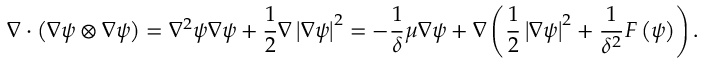
\nabla \cdot \left( \nabla \psi \otimes \nabla \psi \right) = \nabla ^ { 2 } \psi \nabla \psi + \frac { 1 } { 2 } \nabla \left| \nabla \psi \right| ^ { 2 } = - \frac { 1 } { \delta } \mu \nabla \psi + \nabla \left( \frac { 1 } { 2 } \left| \nabla \psi \right| ^ { 2 } + \frac { 1 } { \delta ^ { 2 } } F \left( \psi \right) \right) .